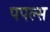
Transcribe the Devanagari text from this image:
पपल्स